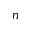
n